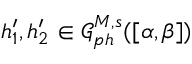
h _ { 1 } ^ { \prime } , h _ { 2 } ^ { \prime } \in \mathcal { G } _ { p h } ^ { M , s } ( [ \alpha , \beta ] )